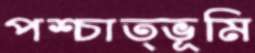
পশ্চাত্ভূমি